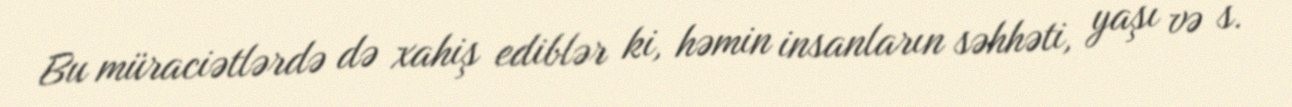
Bu müraciətlərdə də xahiş ediblər ki, həmin insanların səhhəti, yaşı və s.